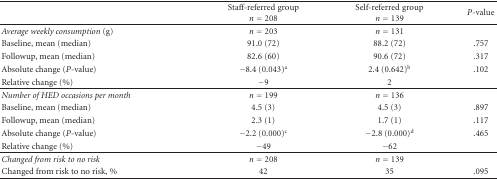
|  | Staff-referred group n = 208 | Self-referred group n = 139 | P-value |
 | --- | --- | --- | --- |
 | Average weekly consumption (g) | n = 203 | n = 131 |  |
 | Baseline, mean (median) | 91.0 (72) | 88.2 (72) | .757 |
 | Followup, mean (median) | 82.6 (60) | 90.6 (72) | .317 |
 | Absolute change (P-value) | −8.4 (0.043)a | 2.4 (0.642)b | .102 |
 | Relative change (%) | −9 | 2 |  |
 | Number of HED occasions per month | n = 199 | n = 136 |  |
 | Baseline, mean (median) | 4.5 (3) | 4.5 (3) | .897 |
 | Followup, mean (median) | 2.3 (1) | 1.7 (1) | .117 |
 | Absolute change (P-value) | −2.2 (0.000)c | −2.8 (0.000)d | .465 |
 | Relative change (%) | −49 | −62 |  |
 | Changed from risk to no risk | n = 208 | n = 139 |  |
 | Changed from risk to no risk, % | 42 | 35 | .095 |